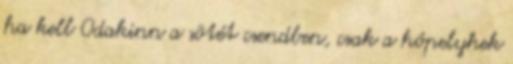
ha kell Odakinn a sötét csendben, csak a hópelyhek